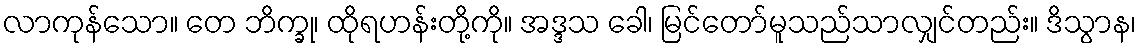
လာကုန်သော။ တေ ဘိက္ခု၊ ထိုရဟန်းတို့ကို။ အဒ္ဒသ ခေါ၊ မြင်တော်မူသည်သာလျှင်တည်း။ ဒိသွာန၊